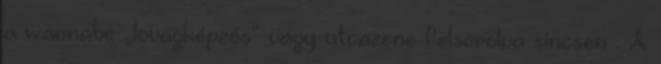
a wannabe „lovagképzés” vagy utcazene felsorolva sincsen . A